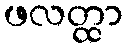
ဖလတ္ထာ